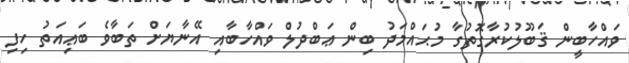
ވައްހާބީން ޤަބޫލުކުރާގޮތުގާ މުޙައްމަދު ބިން ޢަބްދުލް ވައްހާބާއި އޭނާޔަށް ތަބާވެ ބަޢިއަތު ހިފި